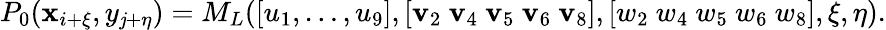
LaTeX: P_{0}(\mathbf{x}_{i+\xi},y_{\mathit{j}+\eta})=M_{L}([u_{1},\dots,u_{9}],[\mathbf{v}_{2}~\mathbf{v}_{4}~\mathbf{v}_{5}~\mathbf{v}_{6}~\mathbf{v}_{8}],[w_{2}~w_{4}~w_{5}~w_{6}~w_{8}],\xi,\eta).